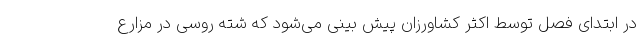
در ابتدای فصل توسط اکثر کشاورزان پیش بینی می‌شود که شته روسی در مزارع